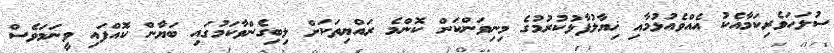
ސުލަހަވެރިކަމާއެކު އެއްވެއުޅުމާއި ޚިޔާލުފާޅުކުރުމުގެ މިނިވަންކަން ކޮންމެ ރައްޔިތަކަށް ލިބިގެންވާކަމުގައި ބަޔާން ކޮއްފައި ވީނަމަވެސް